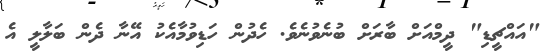
"އައްޗީޑި" ދީމްއަށް ބާރަށް ބުނެވުނެވެ. ހެދުން ހަޑިވުމާއެކު އޭނާ ދެން ބަލާލީ އެ